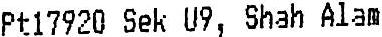
PT17920 SEK U9, SHAH ALAM